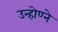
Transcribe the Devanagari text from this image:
उन्होण्ने